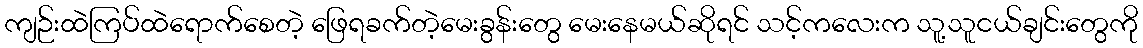
ကျဉ်းထဲကြပ်ထဲရောက်စေတဲ့ ဖြေရခက်တဲ့မေးခွန်းတွေ မေးနေမယ်ဆိုရင် သင့်ကလေးက သူ့သူငယ်ချင်းတွေကို